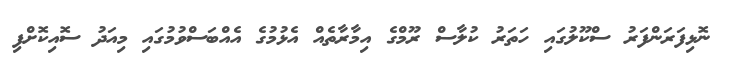
ނޮޅިފަރަންފަރު ސްކޫލުގައި ހަތަރު ކުލާސް ރޫމްގެ އިމާރާތެއް އެޅުމުގެ އެއްބަސްވުމުގައި މިއަދު ސޮއިކޮށްފި